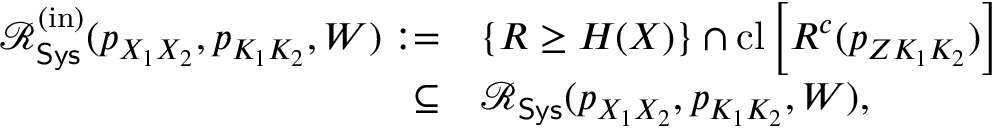
\begin{array} { r l } { \mathcal { R } _ { \mathsf { S y s } } ^ { \mathrm { ( i n ) } } ( { p } _ { X _ { 1 } X _ { 2 } } , { p } _ { K _ { 1 } K _ { 2 } } , W ) : = } & { \{ R \geq H _ { \empty } ( X ) \} \cap \mathrm { c l } \left[ { \cal R } ^ { c } ( { p _ { Z K _ { 1 } K _ { 2 } } } ) \right] } \\ { \subseteq } & { \mathcal { R } _ { \mathsf { S y s } } ( { p } _ { X _ { 1 } X _ { 2 } } , { p } _ { K _ { 1 } K _ { 2 } } , W ) , } \end{array}